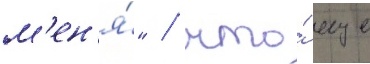
м'ен'я́" / что́ еще